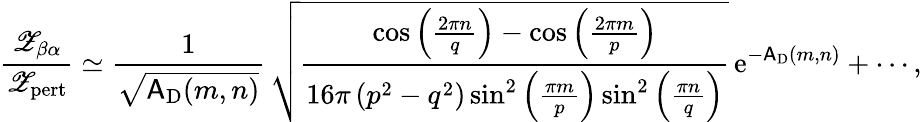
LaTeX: \frac{{\mathscr Z}_{\beta\alpha}}{{\mathscr Z}_{\mathrm{pert}}}\simeq\frac{1}{\sqrt{\mathsf{A}_{\mathrm{D}}(m,n)}}\, \sqrt{\frac{\cos\left(\frac{2\pi n}{q}\right)-\cos\left(\frac{2\pi m}{p}\right)}{16\pi\left(p^{2}-q^{2}\right)\sin^{2}\left(\frac{\pi m}{p}\right)\sin^{2}\left(\frac{\pi n}{q}\right)}}\, {\mathrm{e}}^{-\mathsf{A}_{\mathrm{D}}(m,n)}+\cdots,